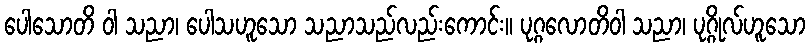
ပေါသောတိ ဝါ သညာ၊ ပေါသဟူသော သညာသည်လည်းကောင်း။ ပုဂ္ဂလောတိဝါ သညာ၊ ပုဂ္ဂိုလ်ဟူသော